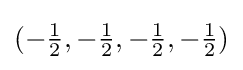
(-{\tfrac {1}{2}},-{\tfrac {1}{2}},-{\tfrac {1}{2}},-{\tfrac {1}{2}})